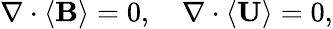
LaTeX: \nabla\cdot\left\langle\mathbf{B}\right\rangle=0,\quad\nabla\cdot\left\langle\mathbf{U}\right\rangle=0,